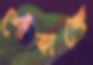
শোঁকাচ্ছে